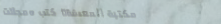
مكتبة المعرفة: كتب ومجلات